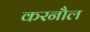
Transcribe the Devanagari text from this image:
करनौल